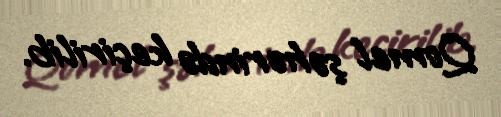
Qomel şəhərində keçirilib.